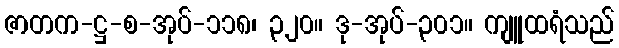
ဇာတက-ဋ္ဌ-စ-အုပ်-၁၁၈၊ ၃၂၀။ ဒု-အုပ်-၃၀၁။ ကျူထရံသည်